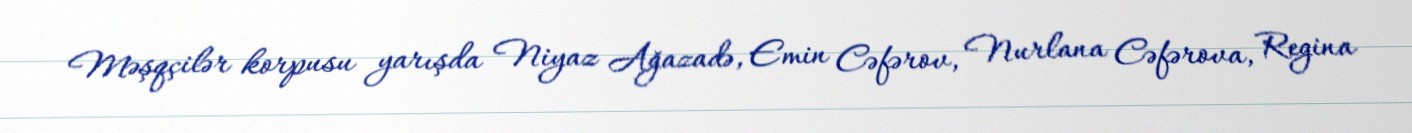
Məşqçilər korpusu yarışda Niyaz Ağazadə, Emin Cəfərov, Nurlana Cəfərova, Regina